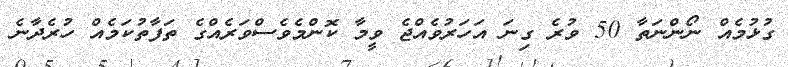
ގުޅުމެއް ނޯންނަތާ 50 ވުރެ ގިނަ އަހަރުވެއްޖެ ވީމާ ކޮންމެވެސްވަރެއްގެ ތަފާތުކަމެއް ހުރެދާނެ